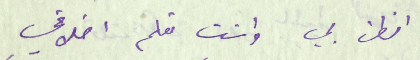
الظن بي وانت تعلم اخلاقي